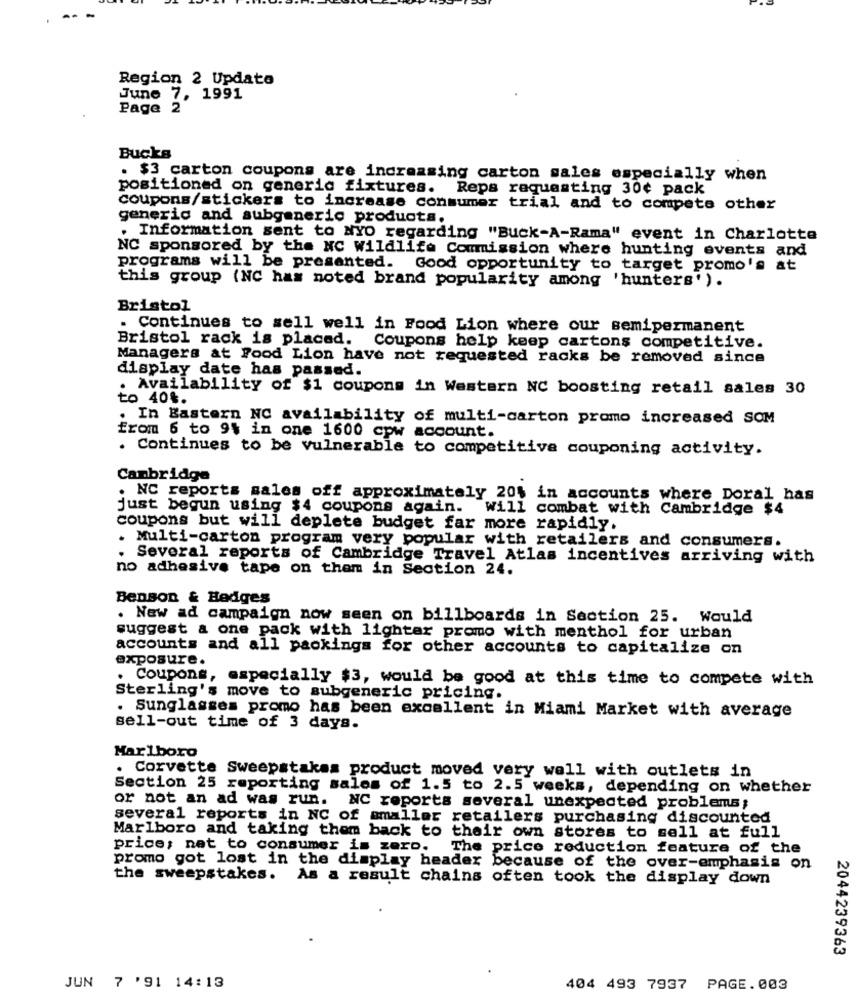
Region 2 Update
June 7, 1991
Page 2
Bucks
. $3 carton coupons are increasing carton sales especially when
positioned on generic fixtures. Reps requesting 30¢ pack
coupons/stickers to increase consumer trial and to compete other
generic and subgeneric products.
. Information sent to NYO regarding "Buck-A-Rama" event in Charlotte
NC sponsored by the NC Wildlife Commission where hunting events and
programs will be presented. Good opportunity to target promo's at
this group (NC has noted brand popularity among 'hunters').
Bristol
. Continues to sell well in Food Lion where our semipermanent
Bristol rack is placed. Coupons help keep cartons competitive.
Managers at Food Lion have not requested racks be removed since
display date has passed.
. Availability of $1 coupons in Western NC boosting retail sales 30
to 40%.
. In Eastern NC availability of multi-carton promo increased SOM
from 6 to 94 in one 1600 cpw account.
. Continues to be vulnerable to competitive couponing activity.
Cambridge
. NC reports sales off approximately 20% in accounts where Doral has
just begun using $4 coupons again. Will combat with Cambridge $4
coupons but will deplete budget far more rapidly.
. Multi-carton program very popular with retailers and consumers.
. Several reports of Cambridge Travel Atlas incentives arriving with
no adhesive tape on them in Section 24.
Benson & Hedges
. New ad campaign now seen on billboards in Section 25. Would
suggest a one pack with lighter promo with menthol for urban
accounts and all paokings for other accounts to capitalize on
exposure.
. Coupons, especially $3, would be good at this time to compete with
Sterling's move to subgeneric pricing.
. Sunglasses promo has been excellent in Miami Market with average
sell-out time of 3 days.
Marlboro
. Corvette Sweepstakes product moved very well with outlets in
Section 25 reporting sales of 1.5 to 2.5 weeks, depending on whether
or not an ad was run. NC reports several unexpected problems;
several reports in NC of smaller retailers purchasing discounted
Marlboro and taking them back to their own stores to sell at full
price; nat to consumer is zero. The price reduction feature of the
promo got lost in the display header because of the over-emphasis on
the sweepstakes. As a result chains often took the display down
2044239363
JUN 7 '91 14:13
404 493 7937
PAGE.003